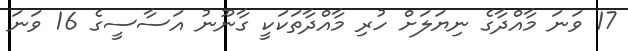
17 ވަނަ މާއްދާގެ ނިޔަލަށް ހުރި މާއްދާތަކަކީ ގާނޫނު އަސާސީގެ 16 ވަނަ